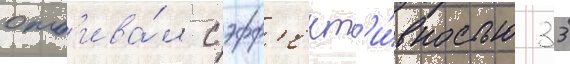
отб'ива́л с эфф'ект'и́вностью 33